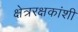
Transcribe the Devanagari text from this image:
क्षेत्ररक्षकांशी